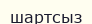
шартсыз